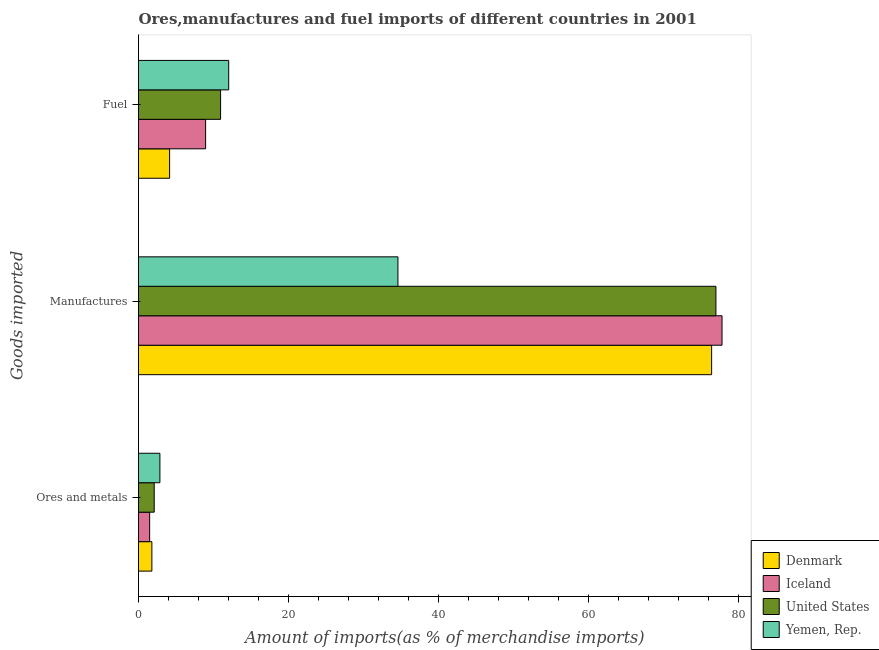
| Goods imported | Denmark | Iceland | United States | Yemen, Rep. |
 | --- | --- | --- | --- | --- |
 | Ores and metals | 1.78 | 1.49 | 2.09 | 2.85 |
 | Manufactures | 76.4 | 77.8 | 76.9 | 34.6 |
 | Fuel | 4.15 | 8.94 | 10.9 | 12 |